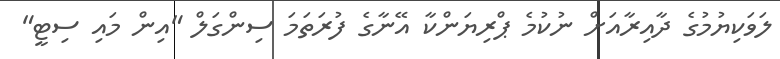
ލަވަކިޔުމުގެ ދާއިރާއަށް ނުކުމެ ޕްރިޔަންކާ އޭނާގެ ފުރަތަމަ ސިންގަލް "އިން މައި ސިޓީ"